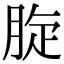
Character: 𦛔